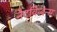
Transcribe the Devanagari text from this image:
नैटविन्देन्स